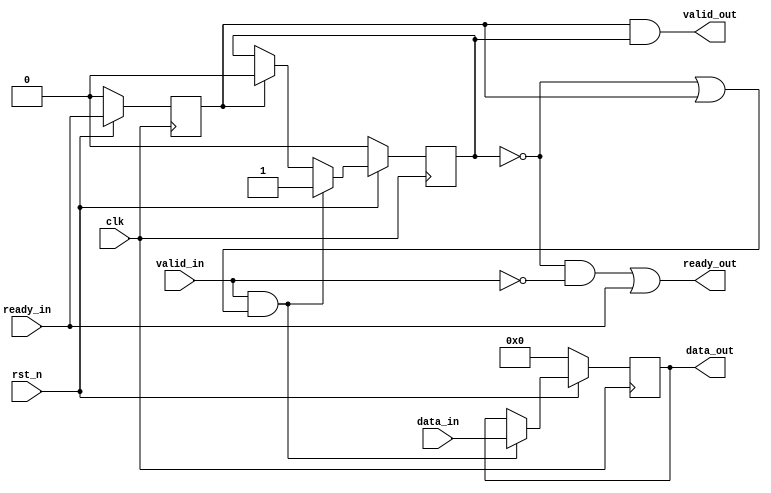
module STREAM_REG(ready_out, valid_out, data_out, ready_in, valid_in, data_in, clk, rst_n);

	// Input Port(s)
	input clk, rst_n;
	input ready_in, valid_in;
	input [DATA_WIDTH-1:0] data_in;
	
	// Output Port(s)
	output ready_out, valid_out;
	output reg [DATA_WIDTH-1:0] data_out;

	// Parameter Declaration(s)
	parameter DATA_WIDTH = 26;
	
	reg data_valid, ready_in_d;

	always@(posedge clk) begin
		if (~rst_n) begin
			data_out <= 1'b0;
			data_valid <= 0;
			ready_in_d <= 0;
			end
		else begin
			ready_in_d <= ready_in;
			if (valid_in & (~data_valid | ready_in_d)) begin
				data_out <= data_in;
				data_valid <= 1;
				end
			else if (ready_in_d) begin
				data_valid <= 0;
				end
			end
	end
	

	assign ready_out = (~data_valid & ~valid_in) | ready_in; // Send upstream ready only when downstream is ready or when nothing has been loaded into data out
	assign valid_out = ready_in_d & data_valid; // Only assert valid out high if data is valid and ready has been asserted one cycle before

endmodule